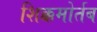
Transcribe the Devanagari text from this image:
शिक्कमोर्तब